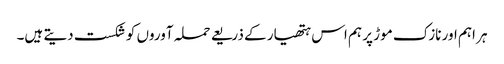
ہر اہم اور نازک موڑ پر ہم اس ہتھیار کے ذریعے حملہ آوروں کو شکست دیتے ہیں۔